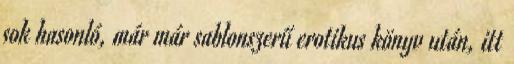
sok hasonló, már már sablonszerű erotikus könyv után, itt